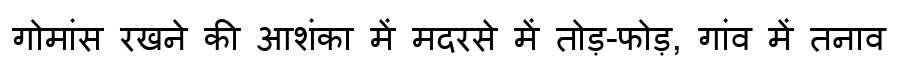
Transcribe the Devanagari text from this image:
गोमांस रखने की आशंका में मदरसे में तोड़-फोड़, गांव में तनाव